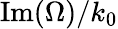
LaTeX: \mathrm{Im}{\left(\Omega\right)}/k_{0}